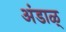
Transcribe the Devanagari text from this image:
अंडाळ्